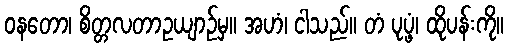
ဝနတော၊ စိတ္တလတာဥယျာဉ်မှ။ အဟံ၊ ငါသည်။ တံ ပုပ္ဖံ၊ ထိုပန်းကို။